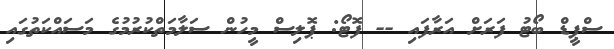
ސްޕީޑް ބޯޓު ފަރަށް އަރާފައި -- ފޮޓޯ: ޕޮލިސް މީހުން ސަލާމަތްކުރުމުގެ މަސައްކަތުގައި